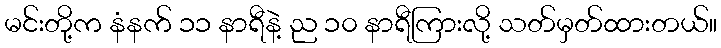
မင်းတို့က နံနက် ၁၁ နာရီနဲ့ ည ၁၀ နာရီကြားလို့ သတ်မှတ်ထားတယ်။